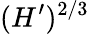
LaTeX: (H^{\prime})^{2/3}